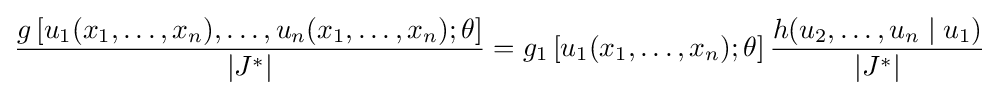
{\frac {g\left[u_{1}(x_{1},\dots ,x_{n}),\dots ,u_{n}(x_{1},\dots ,x_{n});\theta \right]}{|J^{*}|}}=g_{1}\left[u_{1}(x_{1},\dots ,x_{n});\theta \right]{\frac {h(u_{2},\dots ,u_{n}\mid u_{1})}{|J^{*}|}}